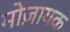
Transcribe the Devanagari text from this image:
मोज़ायक